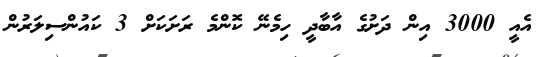
އެއީ 3000 އިން ދަށުގެ އާބާދީ ހިމެނޭ ކޮންމެ ރަށަކަށް 3 ކައުންސިލަރުން